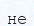
не